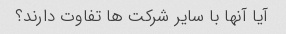
آیا آنها با سایر شرکت ها تفاوت دارند؟